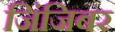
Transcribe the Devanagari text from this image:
जिंजिबर